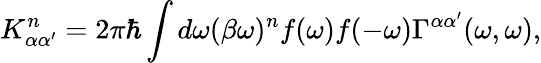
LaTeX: K_{\alpha\alpha^{\prime}}^{n}=2\pi\hbar\int d\omega(\beta\omega)^{n}f(\omega)f(-\omega)\Gamma^{\alpha\alpha^{\prime}}(\omega,\omega),